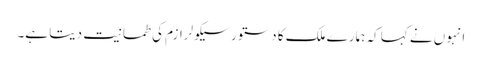
انہوں نے کہا کہ ہمارے ملک کا دستور سیکولرازم کی طمانیت دیتا ہے۔